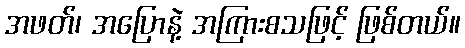
အဖတ်၊ အပြောနဲ့ အကြားစသဖြင့် ဖြစ်တယ်။